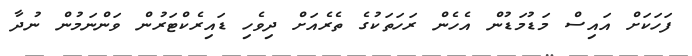
ފަހަކަށް އައިސް މަޑުމަޑުން އެހެން ރަހަތަކުގެ ތެރެއަށް ދިވެހި ޑައިރެކްޓަރުން ވަންނަމުން ނުދާ